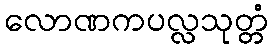
လောဏကပလ္လသုတ္တံ